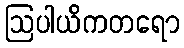
ဩပါယိကတရော